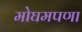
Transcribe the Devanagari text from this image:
मोघमपणा